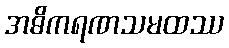
အဓိကရဏသမထဿ